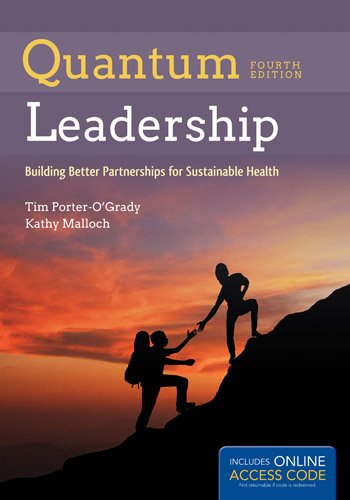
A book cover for Quantum Leadership: Building Better Partnerships for Sustainable Health; Tim Porter-O'Grady; Medical Books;